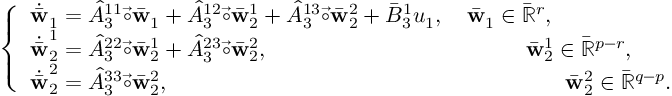
\left\{ \begin{array} { l } { \dot { \bar { \mathbf { w } } } _ { 1 } = \hat { A } _ { 3 } ^ { 1 1 } \vec { \circ } \bar { { \mathbf { w } } } _ { 1 } + \hat { A } _ { 3 } ^ { 1 2 } \vec { \circ } \bar { \mathbf { w } } _ { 2 } ^ { 1 } + \hat { A } _ { 3 } ^ { 1 3 } \vec { \circ } \bar { \mathbf { w } } _ { 2 } ^ { 2 } + \bar { B } _ { 3 } ^ { 1 } u _ { 1 } , \quad { \bar { \mathbf { w } } } _ { 1 } \in \bar { \mathbb { R } } ^ { r } , } \\ { \dot { \bar { \mathbf { w } } } _ { 2 } ^ { 1 } = \hat { A } _ { 3 } ^ { 2 2 } \vec { \circ } \bar { \mathbf { w } } _ { 2 } ^ { 1 } + \hat { A } _ { 3 } ^ { 2 3 } \vec { \circ } \bar { \mathbf { w } } _ { 2 } ^ { 2 } , ~ ~ ~ ~ ~ ~ ~ ~ ~ ~ ~ ~ ~ ~ ~ ~ ~ ~ ~ ~ ~ ~ ~ ~ ~ ~ ~ ~ ~ ~ ~ ~ \quad { \bar { \mathbf { w } } } _ { 2 } ^ { 1 } \in \bar { \mathbb { R } } ^ { p - r } , } \\ { \dot { \bar { \mathbf { w } } } _ { 2 } ^ { 2 } = \hat { A } _ { 3 } ^ { 3 3 } \vec { \circ } \bar { \mathbf { w } } _ { 2 } ^ { 2 } , ~ ~ ~ ~ ~ ~ ~ ~ ~ ~ ~ ~ ~ ~ ~ ~ ~ ~ ~ ~ ~ ~ ~ ~ ~ ~ ~ ~ ~ ~ ~ ~ ~ ~ ~ ~ ~ ~ ~ ~ ~ ~ ~ ~ ~ ~ ~ ~ ~ ~ ~ \quad { \bar { \mathbf { w } } } _ { 2 } ^ { 2 } \in \bar { \mathbb { R } } ^ { q - p } . } \end{array} \right.